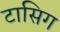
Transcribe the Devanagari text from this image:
टासिग